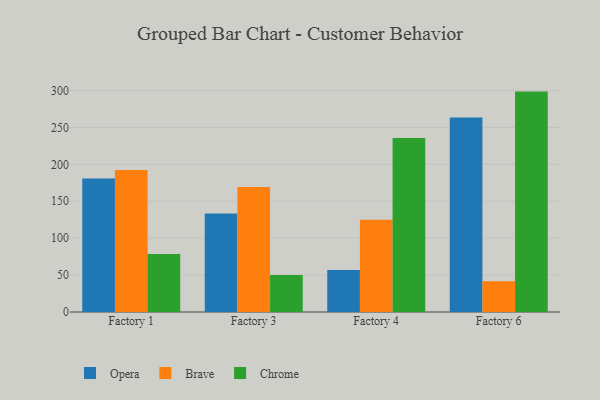
{"axis": {"x": "Factory", "y": "Customer Acquisition Cost (USD)"}, "legend": ["Brave", "Chrome", "Opera"], "data": [{"x": "Factory 1", "y": 181.0, "type": "Opera"}, {"x": "Factory 1", "y": 192.3, "type": "Brave"}, {"x": "Factory 1", "y": 78.7, "type": "Chrome"}, {"x": "Factory 3", "y": 133.5, "type": "Opera"}, {"x": "Factory 3", "y": 169.4, "type": "Brave"}, {"x": "Factory 3", "y": 50.0, "type": "Chrome"}, {"x": "Factory 4", "y": 57.0, "type": "Opera"}, {"x": "Factory 4", "y": 125.1, "type": "Brave"}, {"x": "Factory 4", "y": 235.7, "type": "Chrome"}, {"x": "Factory 6", "y": 263.6, "type": "Opera"}, {"x": "Factory 6", "y": 41.5, "type": "Brave"}, {"x": "Factory 6", "y": 298.6, "type": "Chrome"}]}